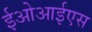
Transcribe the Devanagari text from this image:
ईओआईएस